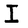
Character: I